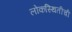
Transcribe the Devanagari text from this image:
लोकस्थितीची